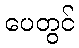
ပေတွင်